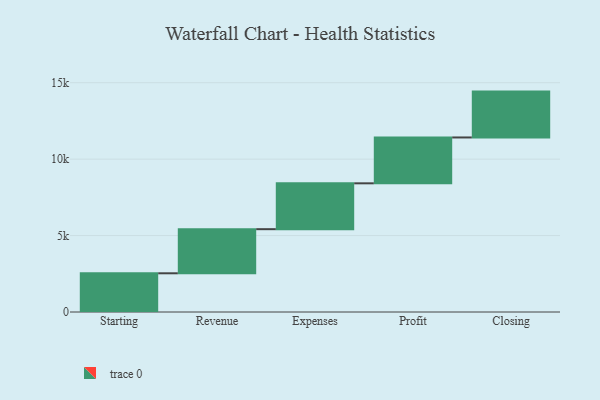
{"axis": {"x": "Step", "y": "Value"}, "legend": [""], "data": [{"x": "Starting", "y": 2532.0, "type": ""}, {"x": "Revenue", "y": 2886.0, "type": ""}, {"x": "Expenses", "y": 3000, "type": ""}, {"x": "Profit", "y": 3000, "type": ""}, {"x": "Closing", "y": 3000, "type": ""}]}